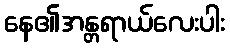
နေ၏အန္တရာယ်လေးပါး